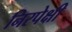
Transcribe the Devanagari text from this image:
निरपेक्षी